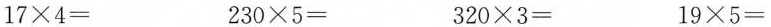
$$1 7 \times 4 =$$ $$2 3 0 \times 5 =$$ $$3 2 0 ×\times 3 =$$ $$1 9 ×\times 5 =$$